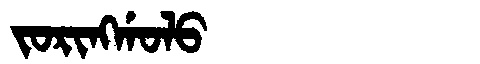
Manchu: ᠵᠣᡵᡳᠩᡤᠣᠯᠣ
Romanization: JORINGGOLO